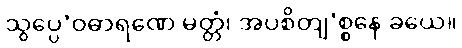
သွပ္ပေ’ဝဓာရဏေ မတ္တံ၊ အပစိတျ’စ္စနေ ခယေ။